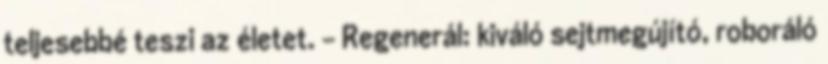
teljesebbé teszi az életet. - Regenerál: kiváló sejtmegújító, roboráló